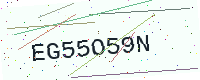
Text: EG55O59N